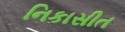
નિકાસીત